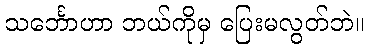
သင်္ဘောဟာ ဘယ်ကိုမှ ပြေးမလွတ်ဘဲ။